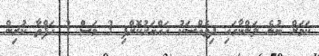
ކަމަށް ބުނެ ލަންކާގައި ދިވެއްސަކު ހައްޔަރުކޮށްފި 3 މަސް 3 ހަފްތާ ކުރިން